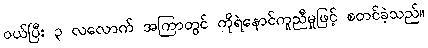
ဝယ်ပြီး ၃ လလောက် အကြာတွင် ကိုရဲနောင်ကူညီမှုဖြင့် စတင်ခဲ့သည်။